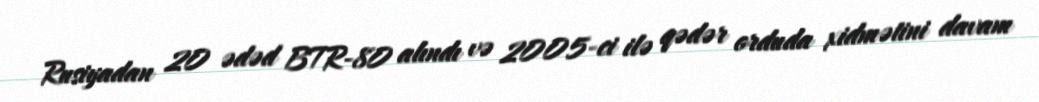
Rusiyadan 20 ədəd BTR-80 alındı və 2005-ci ilə qədər orduda xidmətini davam